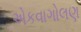
એકવાગોલણ